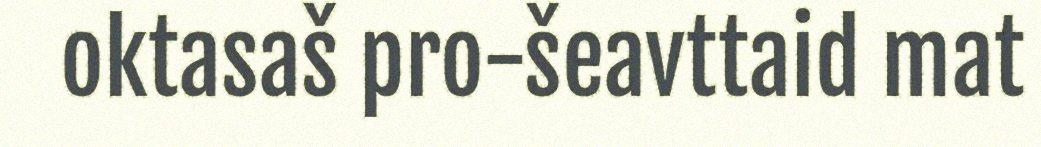
oktasaš pro-šeavttaid mat